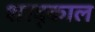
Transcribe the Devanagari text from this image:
शरद्काल